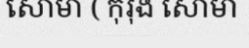
សោមា ( កុរុង សោមា